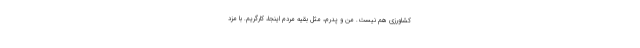
كشاورزي هم نيست. من و پدرم، مثل بقيه مردم اينجا، كارگريم. با مزد